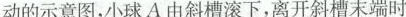
动的示意图，小球A由斜槽滚下，离开斜槽末端时